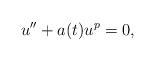
LaTeX: \begin{align*}u'' + a(t)u^{p} = 0,\end{align*}